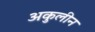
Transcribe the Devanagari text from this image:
अकुलीन